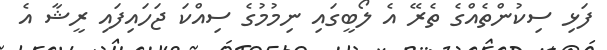
ފަޅި ސިކުންތެއްގެ ތެރޭ އެ ލޯބީގައި ނިމުމުގެ ސިއްކަ ޖަހަައިފައި ރީޝާ އެ